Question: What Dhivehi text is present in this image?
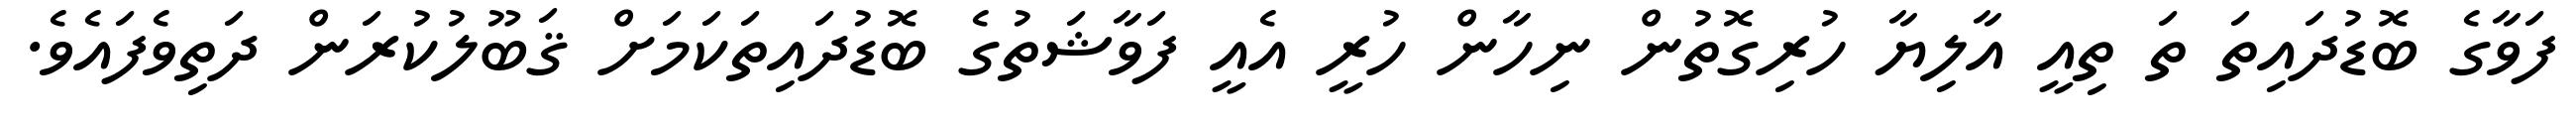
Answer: ފަވާގެ ބޮޑުދައިތަ ތަ ތިއީ އާލިޔާ ހުރިގޮތުން ނިހާން ހުރީ އެއީ ފަވާޝަތުގެ ބޮޑުދައިތަކަމަށް ޤަބޫލުކުރަން ދަތިވެފައެވެ.